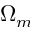
\Omega _ { m }